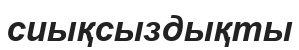
сиықсыздықты